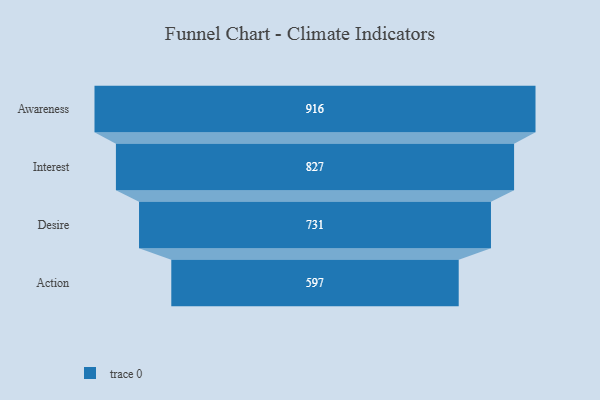
{"axis": {"x": "Stage", "y": "Value"}, "legend": [""], "data": [{"x": "Awareness", "y": 916.0, "type": ""}, {"x": "Interest", "y": 827.0, "type": ""}, {"x": "Desire", "y": 731.0, "type": ""}, {"x": "Action", "y": 597.0, "type": ""}]}